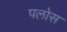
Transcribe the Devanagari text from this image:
पलोस